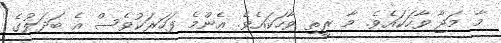
މާ މަޖާ ވާހަކައެވެ. މާ ރީތި ވާހަކައެވެ. އެންމެ ފަހަރަކުވެސް އެ ބަދަލުގެ